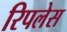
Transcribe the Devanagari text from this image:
रिपलेस